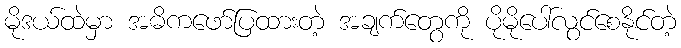
မိုဒယ်ထဲမှာ အဓိကဖော်ပြထားတဲ့ အချက်တွေကို ပိုမိုပေါ်လွင်စေနိုင်တဲ့